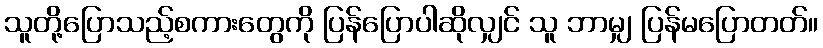
သူတို့ပြောသည့်စကားတွေကို ပြန်ပြောပါဆိုလျှင် သူ ဘာမျှ ပြန်မပြောတတ်။